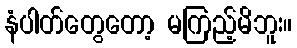
နံပါတ်တွေတော့ မကြည့်မိဘူး။